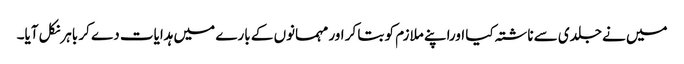
میں نے جلدی سے ناشتہ کیا اوراپنے ملازم کو بتا کر اور مہمانوں کے بارے میں ہدایات دے کر باہرنکل آیا۔